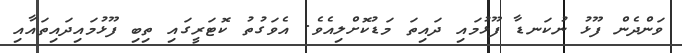
ވަންދެން ފޫޅު ނުކަނޑާ ފޫޅުމައި ދައިތަ މަޑުކޮށްލިއެވެ. އެވަގުތު ކޮޓަރީގައި ތިބި ފޫޅުމައިދައިތައާއި